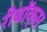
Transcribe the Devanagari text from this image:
रीबॉक्स